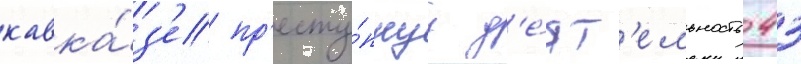
кавка́з'е пр'есту́пнуу д'е́ят'ельность 43